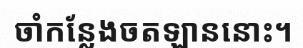
ចាំកន្លែងចតឡាននោះ។